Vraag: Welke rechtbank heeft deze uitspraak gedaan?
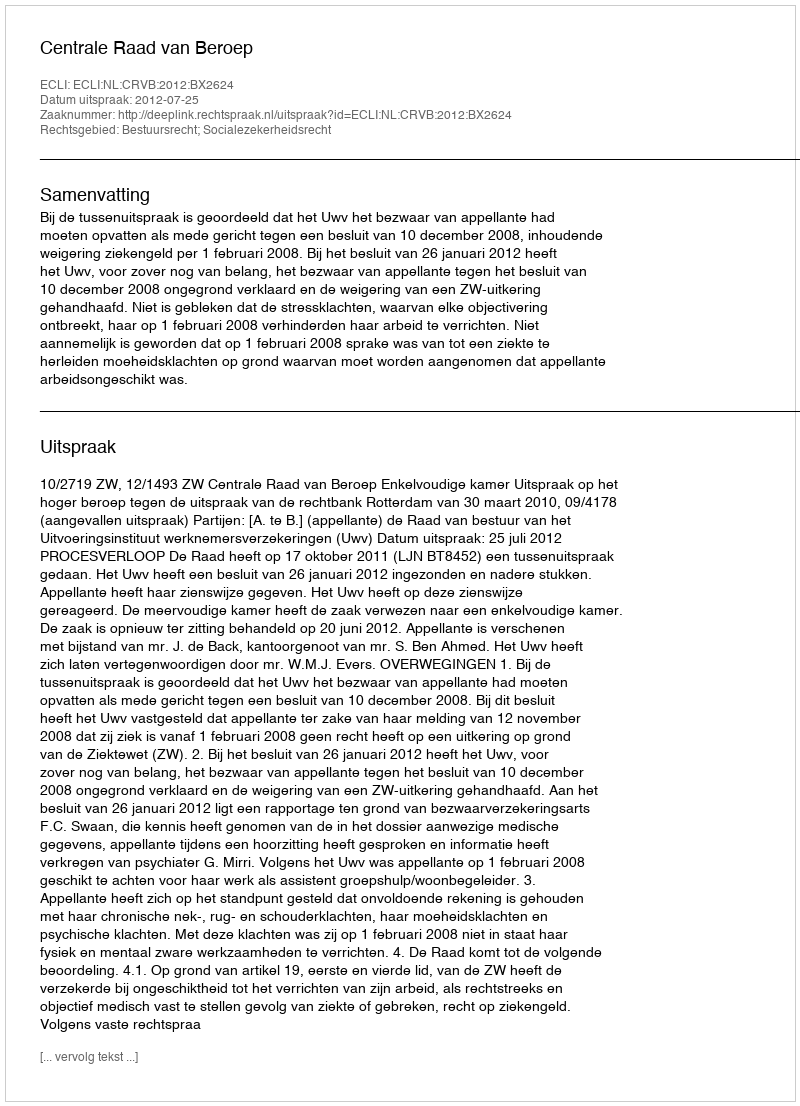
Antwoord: Centrale Raad van Beroep